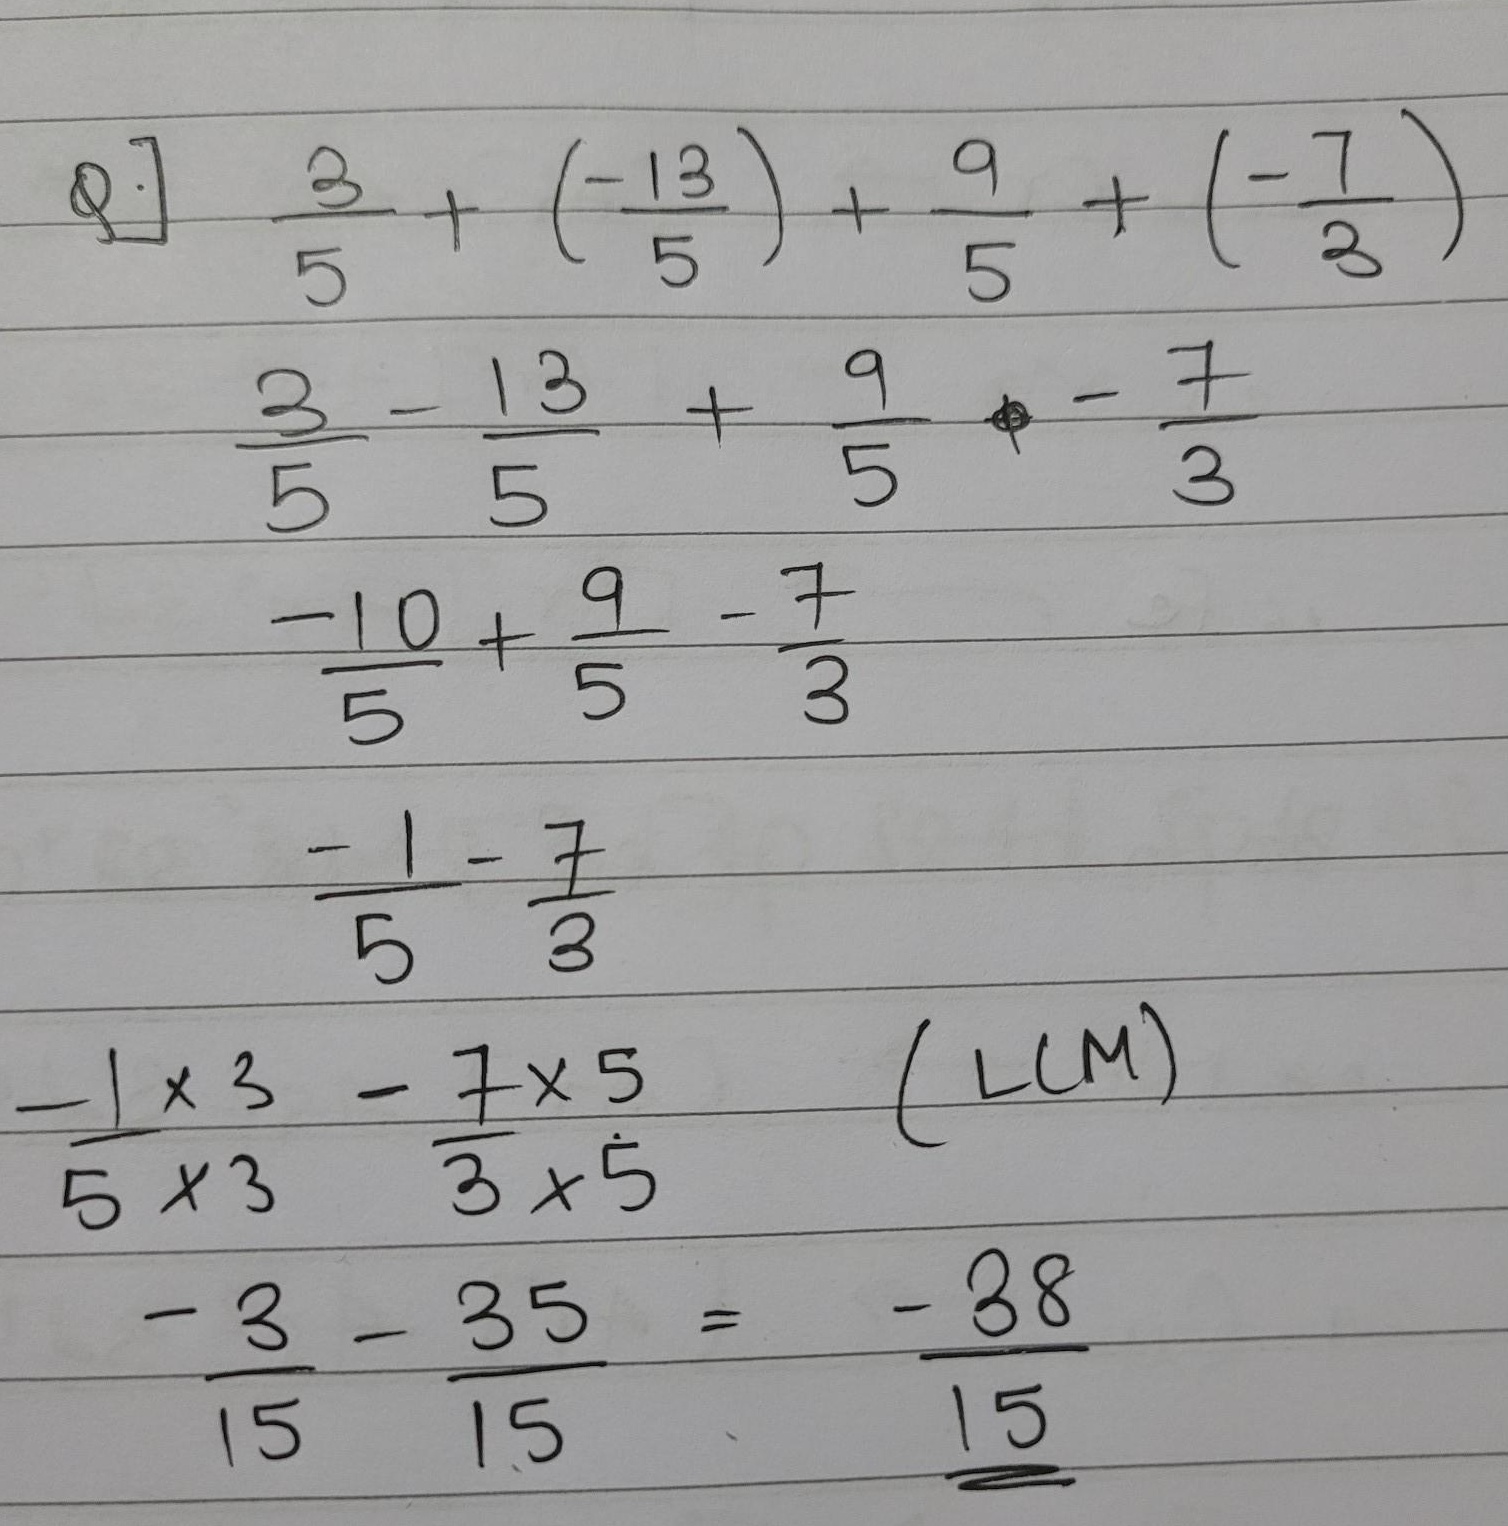
Q.
\[
\begin{align*}
&\frac{3}{5}+(-\frac{13}{5})+\frac{9}{5}+(-\frac{7}{3})\\
=&\frac{3}{5}-\frac{13}{5}+\frac{9}{5}-\frac{7}{3}\\
=&\frac{-10 + 9}{5}-\frac{7}{3}\\
=&\frac{-1}{5}-\frac{7}{3}\\
=&\frac{-1\times3}{5\times3}-\frac{7\times5}{3\times5}\quad(\text{LCM})\\
=&\frac{-3}{15}-\frac{35}{15}=-\frac{38}{15}
\end{align*}
\]